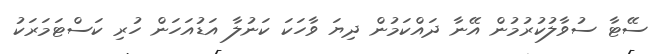
ސޭޓާ ސުވާލުކުރުމުން އޭނާ ދައްކަމުން ދިޔަ ވާހަކަ ކަނުލާ އަޑުއަހަން ހުރި ކަސްޓަމަރަކު